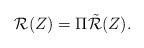
LaTeX: \begin{align*} \mathcal{R}(Z)=\Pi \tilde{\mathcal{R}}(Z).\end{align*}